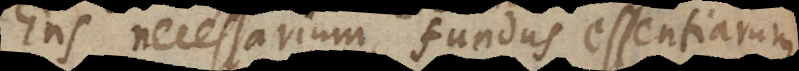
Ens necessarium, fundus essentiarum,